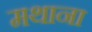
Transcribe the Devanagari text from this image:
मथाना